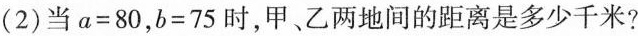
(2)当$$α = 8 0$$，$$b = 7 5$$时，甲、乙两地间的距离是多少千米?